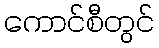
ကောင်စီတွင်